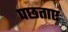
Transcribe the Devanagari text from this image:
पछताए